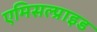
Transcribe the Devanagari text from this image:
एमिसल्प्राइड